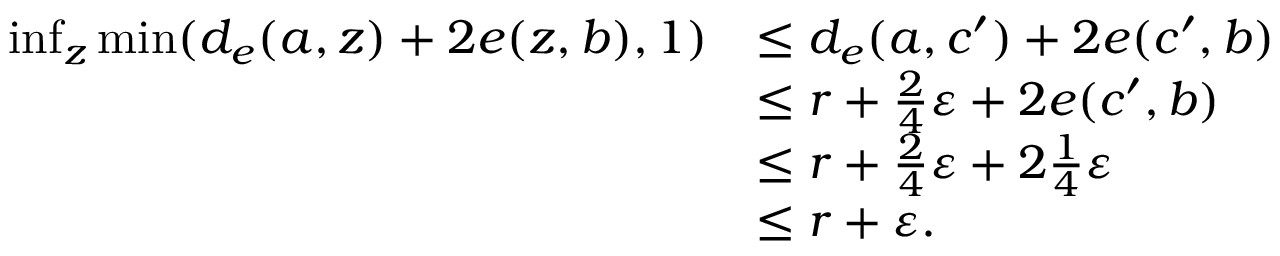
\begin{array} { r l } { \operatorname* { i n f } _ { z } \operatorname* { m i n } ( d _ { e } ( a , z ) + 2 e ( z , b ) , 1 ) } & { \leq d _ { e } ( a , c ^ { \prime } ) + 2 e ( c ^ { \prime } , b ) } \\ & { \leq r + \frac { 2 } { 4 } \varepsilon + 2 e ( c ^ { \prime } , b ) } \\ & { \leq r + \frac { 2 } { 4 } \varepsilon + 2 \frac { 1 } { 4 } \varepsilon } \\ & { \leq r + \varepsilon . } \end{array}